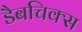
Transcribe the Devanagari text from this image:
डैबचिक्स